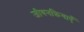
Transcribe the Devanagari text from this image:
जीवनक्रियाएँ